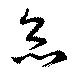
灸